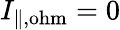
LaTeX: I_{\mathrm{\| ,ohm}}=0